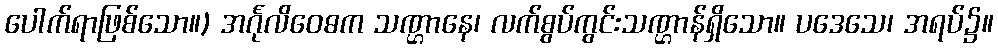
ပေါက်ရာဖြစ်သော။) အင်္ဂုလိဝေဓက သဏ္ဌာနေ၊ လက်စွပ်ကွင်းသဏ္ဌာန်ရှိသော။ ပဒေသေ၊ အရပ်၌။